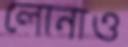
লোনাও